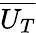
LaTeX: \overline{{U_{T}}}